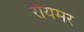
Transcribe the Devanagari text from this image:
रौयमर